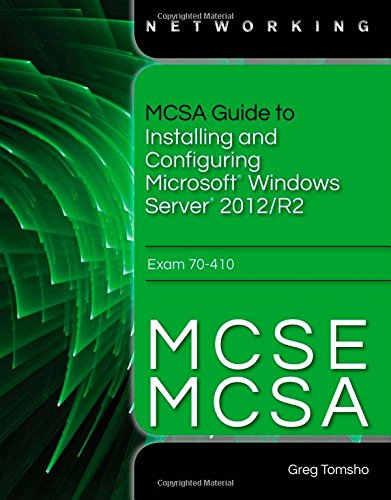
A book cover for MCSA Guide to Installing and Configuring Microsoft Windows Server 2012 /R2, Exam 70-410; Greg Tomsho; Computers & Technology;